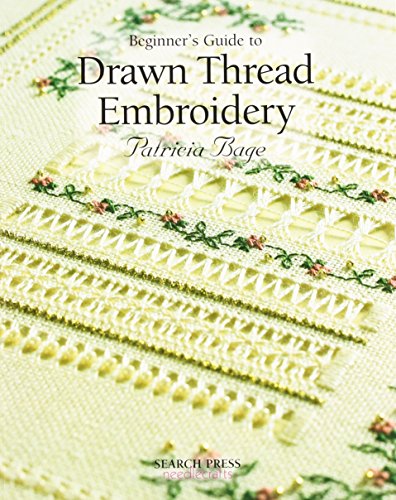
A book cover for Beginner's Guide to Drawn Thread Embroidery (Beginner's Guide to Needlecraft); Patricia Bage; Crafts, Hobbies & Home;